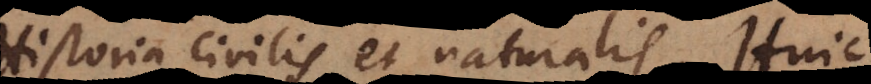
Historia civilis et naturalis. Huic